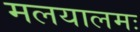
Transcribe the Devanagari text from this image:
मलयालमः